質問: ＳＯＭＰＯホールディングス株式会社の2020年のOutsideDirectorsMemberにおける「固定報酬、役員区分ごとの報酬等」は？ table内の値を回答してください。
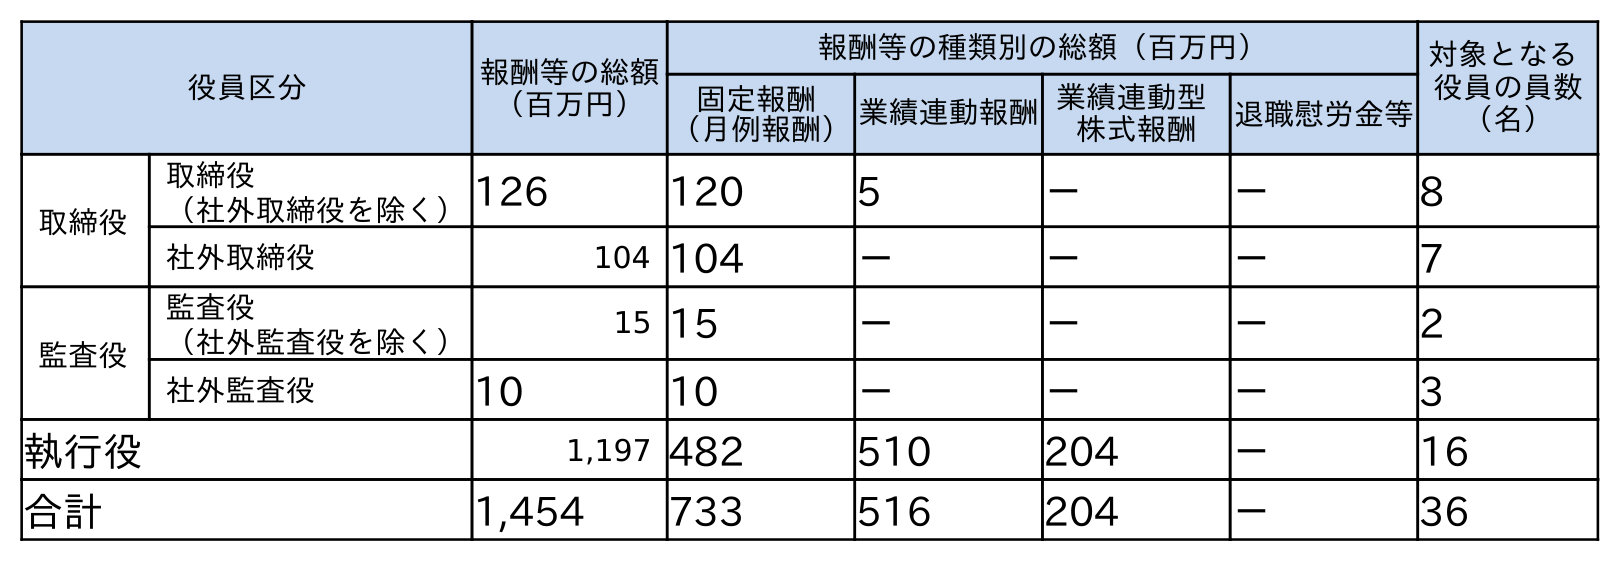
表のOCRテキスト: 役員区分 報酬等の総額 （百万円） 報酬等の種類別の総額（百万円） 対象となる 役員の員数 （名） 固定報酬 （月例報酬）業績連動報酬業績連動型 株式報酬 退職慰労金等 取締役 取締役 （社外取締役を除く）126 120 5 － － 8 社外取締役 104 104 － － － 7 監査役 監査役 （社外監査役を除く） 15 15 － － － 2 社外監査役 10 10 － － － 3 執行役 1,197 482 510 204 － 16 合計 1,454 733 516 204 － 36
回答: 104